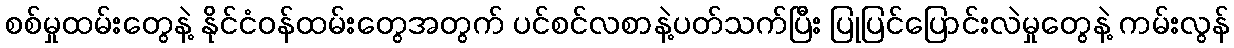
စစ်မှုထမ်းတွေနဲ့ နိုင်ငံဝန်ထမ်းတွေအတွက် ပင်စင်လစာနဲ့ပတ်သက်ပြီး ပြုပြင်ပြောင်းလဲမှုတွေနဲ့ ကမ်းလွန်